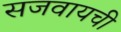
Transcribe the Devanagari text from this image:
सजवायची